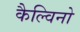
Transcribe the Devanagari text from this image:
कैल्विनो